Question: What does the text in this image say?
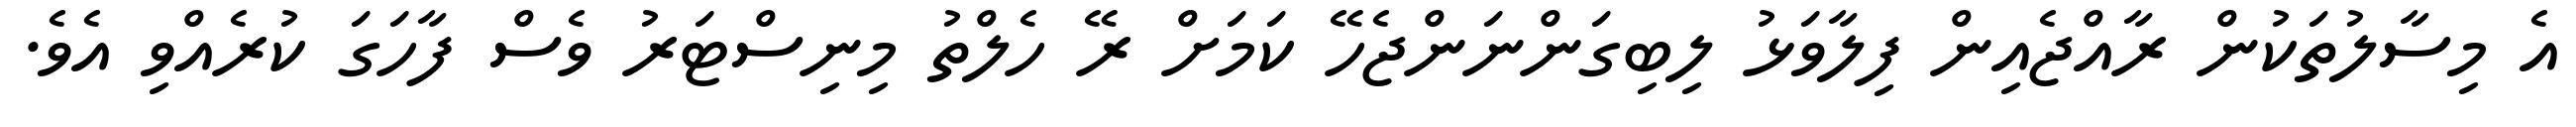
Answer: އެ މިސާލުތަކުން ރާއްޖެއިން ފިލާވަޅު ލިބިގަންނަންޖެހޭ ކަމަށް ރޭ ހެލްތު މިނިސްޓަރު ވެސް ފާހަގަ ކުރެއްވި އެވެ.